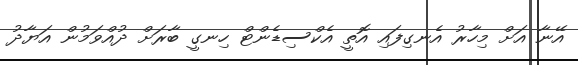
އޭނާ އަށް މިހާރު އެނގިފައި އޮތީ އެކްސިޑެންޓް ހިނގީ ބާރަށް ދުއްވަމުން އަޔާދު